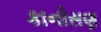
કાનોસણ